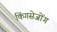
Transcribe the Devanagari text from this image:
किंगसेजोंग